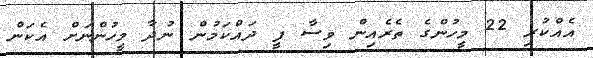
އެއްކުރި 22 މީހުންގެ ތެރެއިން ވިސާ ފީ ދައްކަމުން ނުދާ މީހުންނަށް އެކަން